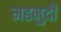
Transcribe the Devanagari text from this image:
महमुदी